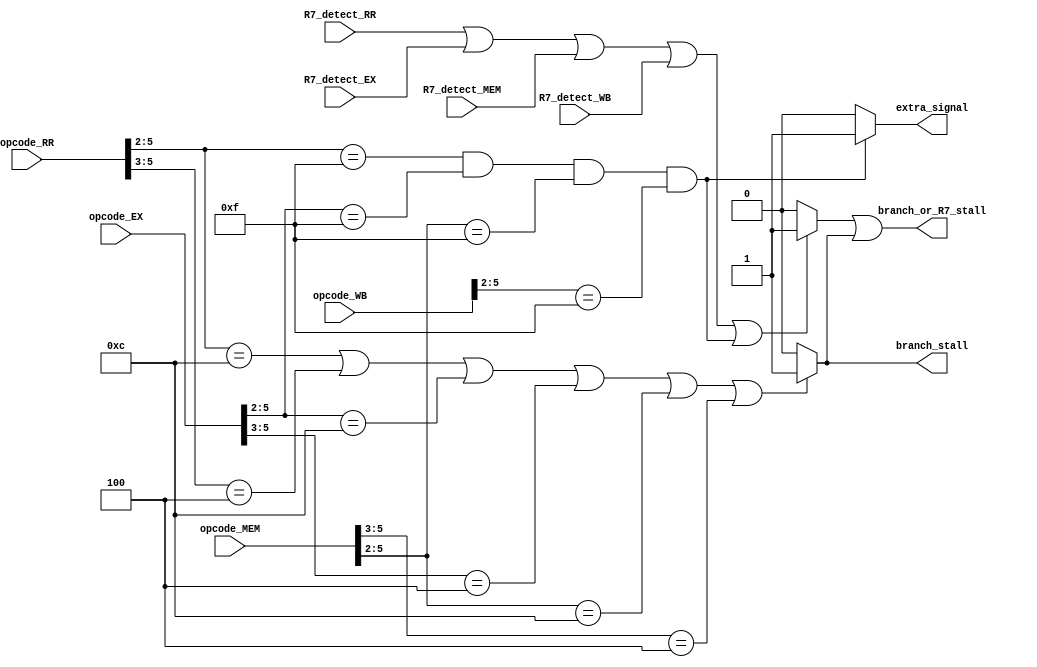
module branch_stall_unit(opcode_RR,opcode_EX,opcode_MEM,opcode_WB,R7_detect_RR,R7_detect_EX,R7_detect_MEM,R7_detect_WB,branch_or_R7_stall,branch_stall,extra_signal);
input [5:0] opcode_RR,opcode_EX,opcode_MEM,opcode_WB;
input R7_detect_RR,R7_detect_EX,R7_detect_MEM,R7_detect_WB;
output reg branch_stall,extra_signal;
reg R7_DEST_stall;
output branch_or_R7_stall;  
 
always@(*)
begin
if (opcode_RR[5:2]==4'b1100 || opcode_RR[5:3]==3'b100 || opcode_EX[5:2]==4'b1100 || opcode_EX[5:3]==3'b100 || opcode_MEM[5:2]==4'b1100 || opcode_MEM[5:3]==3'b100)
   branch_stall<=1'b1;
else
   branch_stall<=1'b0;
	

end

always@(*)

begin

if (R7_detect_RR==1'b1 || R7_detect_EX==1'b1 || R7_detect_MEM==1'b1 || R7_detect_WB==1'b1 || (opcode_RR[5:2]==4'b1111 && opcode_EX[5:2]==4'b1111 && opcode_MEM[5:2]==4'b1111 && opcode_WB[5:2]==4'b1111))
    R7_DEST_stall<=1'b1;
else
 	R7_DEST_stall<=1'b0;


end

always@(*)
begin
if ((opcode_RR[5:2]==4'b1111 && opcode_EX[5:2]==4'b1111 && opcode_MEM[5:2]==4'b1111 && opcode_WB[5:2]==4'b1111))
   extra_signal<=1'b1;
else
   extra_signal<=1'b0;
end


assign branch_or_R7_stall=R7_DEST_stall || branch_stall;	
endmodule